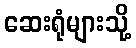
ဆေးရုံများသို့